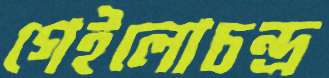
গেইলোচন্দ্র